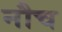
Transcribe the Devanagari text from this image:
नौच